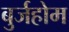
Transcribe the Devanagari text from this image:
बुर्जहोम